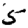
Digit: 5